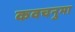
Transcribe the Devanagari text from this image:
कवचनुमा